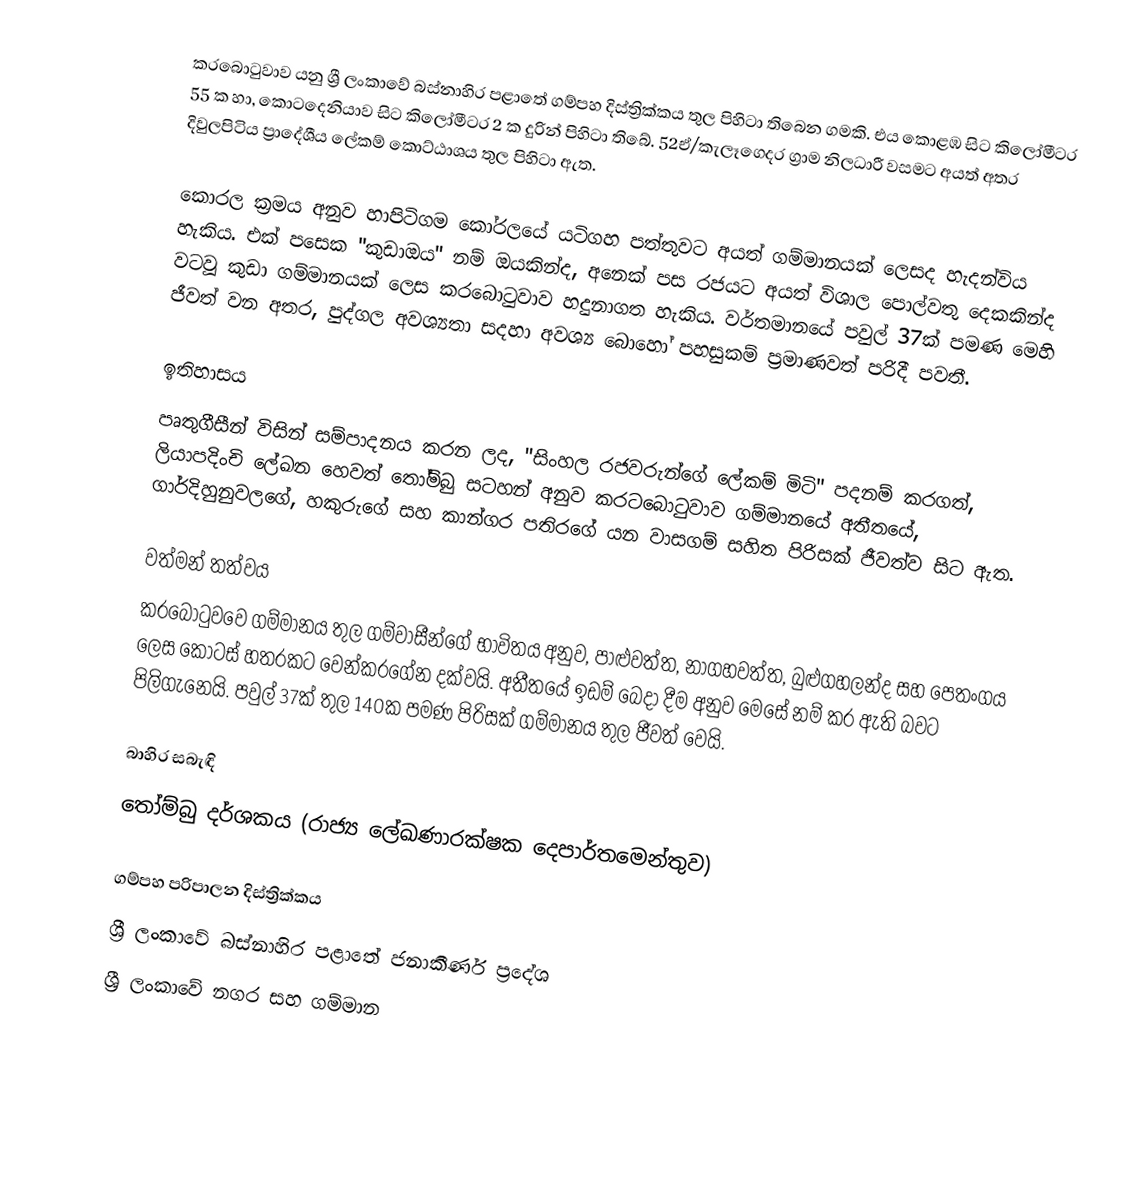
කරබොටුවාව යනු ශ්‍රී ලංකාවේ බස්නාහිර පළාතේ ගම්පහ දිස්ත්‍රික්කය තුල පිහිටා තිබෙන ගමකි. එය කොළඹ සිට කිලෝමීටර 55 ක හා, කොටදෙනියාව සිට කිලෝමීටර 2 ක දුරින් පිහිටා තිබේ. 52ඒ/කැලෑගෙදර ග්‍රාම නිලධාරී වසමට අයත් අතර දිවුලපිටිය ප්‍රාදේශීය ලේකම් කොට්ඨාශය තුල පිහිටා ඇත.

කොරල ක්‍රමය අනුව හාපිටිගම කෝරලයේ යටිගහ පත්තුවට අයත් ගම්මානයක් ලෙසද හැදන්විය හැකිය. එක් පසෙක "කුඩාඔය" නම් ඔයකින්ද, අනෙක් පස රජයට අයත් විශාල පොල්වතු දෙකකින්ද වටවූ කුඩා ගම්මානයක් ලෙස කරබොටුවාව හදුනාගත හැකිය. වර්තමානයේ පවුල් 37ක් පමණ මෙහි ජීවත් වන අතර, පුද්ගල අවශ්‍යතා සදහා අවශ්‍ය බොහෝ පහසුකම් ප්‍රමාණවත් පරිදී පවතී.

ඉතිහාසය
පෘතුගීසීන් විසින් සම්පාදනය කරන ලද, "සිංහල රජවරුන්ගේ ලේකම් මිටි" පදනම් කරගත්, ලියාපදිංචි ලේඛන හෙවත් තෝම්බු සටහන් අනුව කරටබොටුවාව ගම්මානයේ අතීතයේ, ගාර්දිහුනුවලගේ, හකුරුගේ සහ කාන්ගර පතිරගේ යන වාසගම් සහිත පිරිසක් ජීවත්ව සිට ඇත.

වත්මන් තත්වය
කරබොටුවවෙ ගම්මානය තුල ගම්වාසීන්ගේ භාවිතය අනුව, පාළුවත්ත, නාගහවත්ත, බුළුගහලන්ද සහ පෙතංගය ලෙස කොටස් හතරකට වෙන්කරගේන දක්වයි. අතීතයේ ඉඩම් බෙදා දීම අනුව මෙසේ නම් කර ඇති බවට පිලිගැනෙයි. පවුල් 37ක් තුල 140ක පමණ පිරිසක් ගම්මානය තුල ජීවත් වෙයි.

බාහිර සබැඳි
තෝම්බු දර්ශකය (රාජ්‍ය ලේඛණාරක්ෂක දෙපාර්තමෙන්තුව)

ගම්පහ පරිපාලන දිස්ත්‍රික්කය
ශ්‍රී ලංකාවේ බස්නාහිර පළාතේ ජනාකීර්ණ ප්‍රදේශ
ශ්‍රී ලංකාවේ නගර සහ ගම්මාන